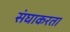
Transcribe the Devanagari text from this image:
संघाकरता